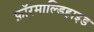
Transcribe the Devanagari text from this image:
फ़ॉरमाल्डिहाइड